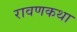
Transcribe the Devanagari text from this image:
रावणकथा